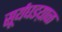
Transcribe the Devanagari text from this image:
सूर्यघडय़ाळ